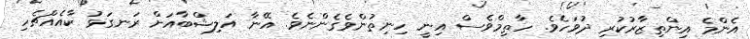
އެންމެ އިންތިޒާރުކުރި ދުވަހެވެ. ހާތިމްވެސް އިނީ ހިނިތުންވެގެންނެވެ. އޭނާ އަލިޝްބާއަށް ރަނގަޅު ކާއެއްޗެހި